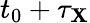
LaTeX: t_{0}+\tau_{\mathbf{X}}